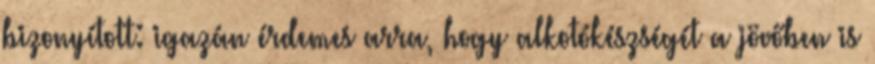
bizonyított: igazán érdemes arra, hogy alkotókészségét a jövőben is